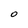
Character: O